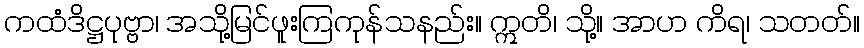
ကထံဒိဋ္ဌပုဗ္ဗာ၊ အသို့မြင်ဖူးကြကုန်သနည်း။ ဣတိ၊ သို့။ အာဟ ကိရ၊ သတတ်။